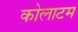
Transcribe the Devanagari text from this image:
कोलाटम